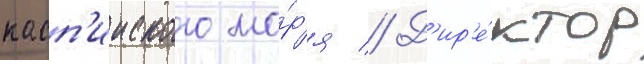
касп'ииского мо́р'я // Д'ир'е́ктор